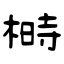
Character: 榯